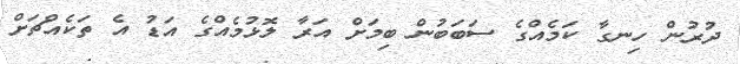
ދުރުން ހިނގާ ކަމެއްގެ ސަބަބުން ބިމަށް އަރާ ލޮޅުމެއްގެ އަޑު އެ ތަކެއްޗަށް